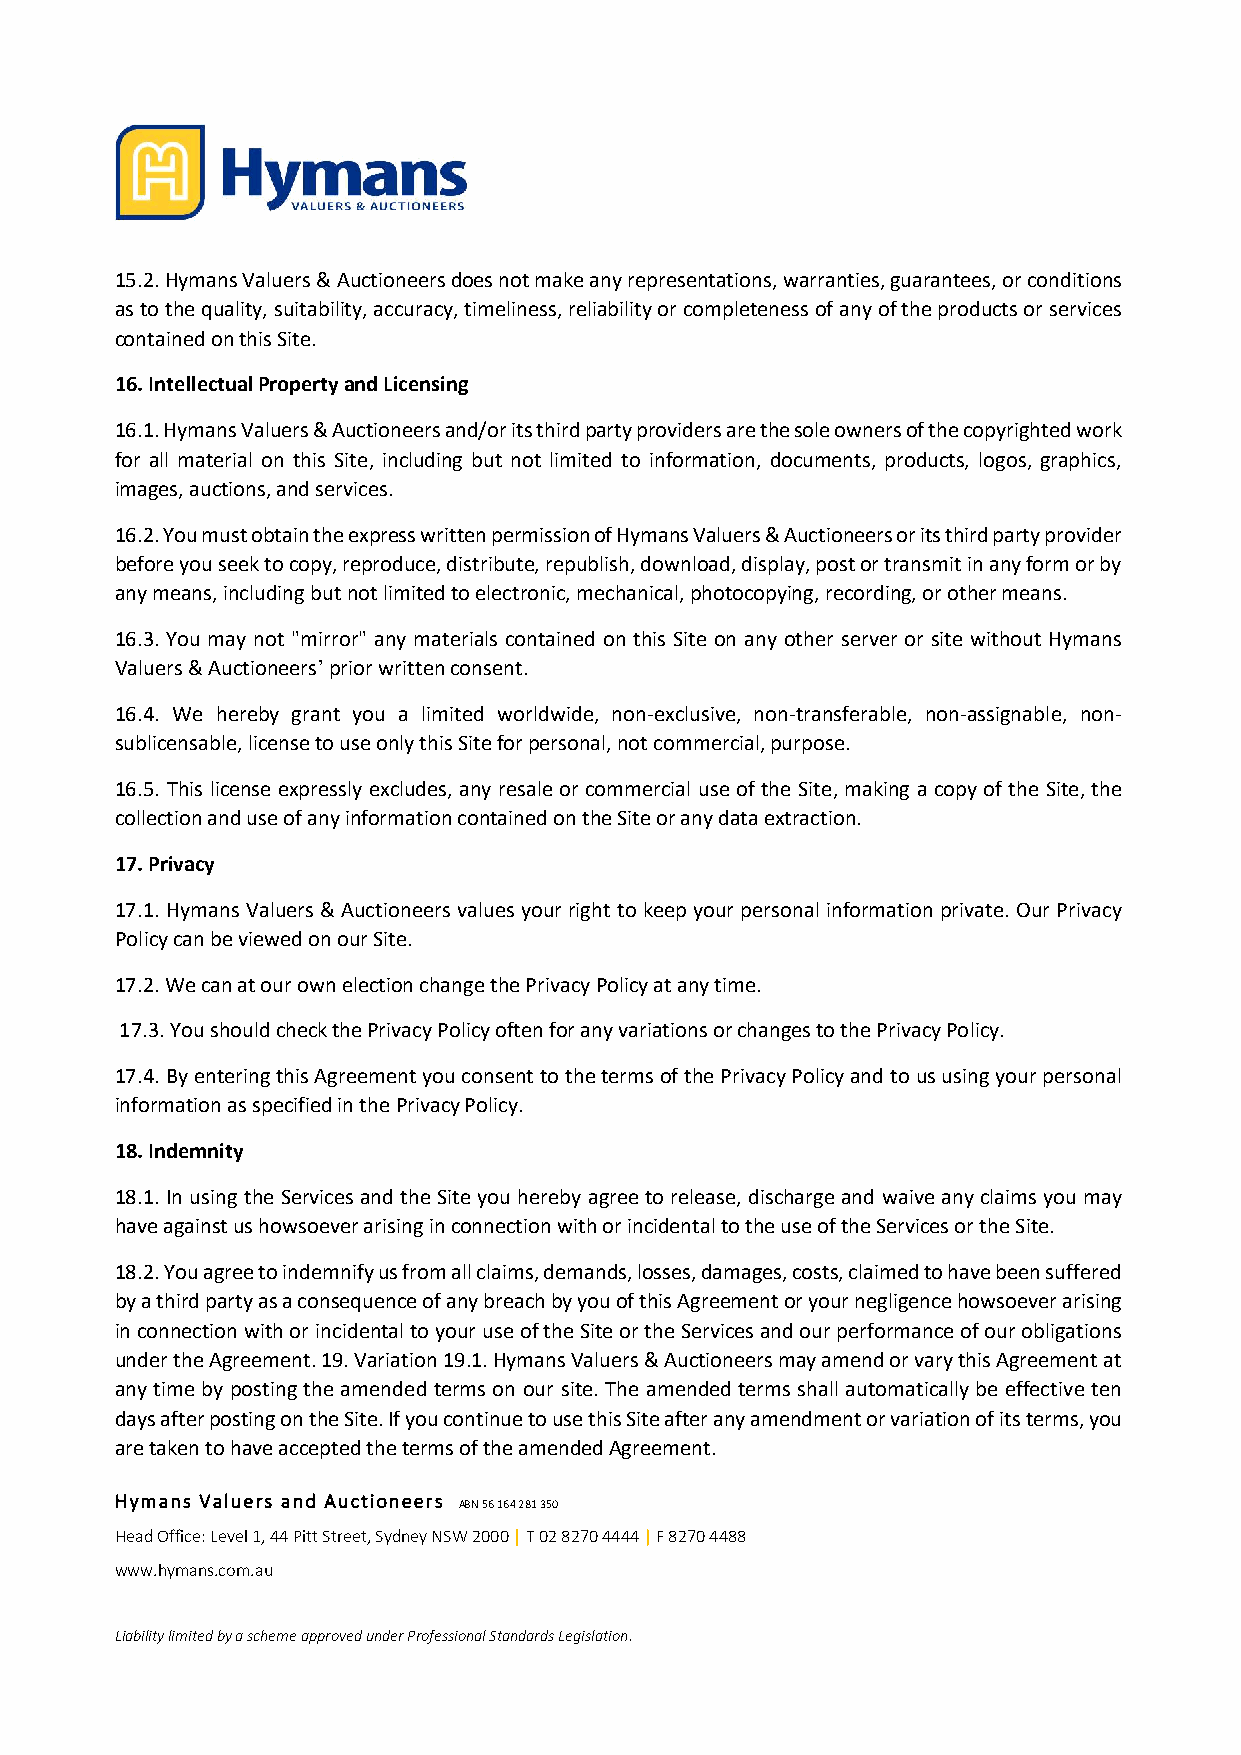
15.2. Hymans Valuers & Auctioneers does not make any representations, warranties, guarantees, or conditions
 as to the quality, suitability, accuracy, timeliness, reliability or completeness of any of the products or services
 contained on this Site.
 16. Intellectual Property and Licensing
 16.1. Hymans Valuers & Auctioneers and/or its third party providers are the sole owners of the copyrighted work
 for all material on this Site, including but not limited to information, documents, products, logos, graphics,
 images, auctions, and services.
 16.2. You must obtain the express written permission of Hymans Valuers & Auctioneers or its third party provider
 before you seek to copy, reproduce, distribute, republish, download, display, post or transmit in any form or by
 any means, including but not limited to electronic, mechanical, photocopying, recording, or other means.
 16.3. You may not "mirror" any materials contained on this Site on any other server or site without Hymans
 Valuers & Auctioneers’ prior written consent.
 16.4. We hereby grant you a limited worldwide, non-exclusive, non-transferable, non-assignable, non-
 sublicensable, license to use only this Site for personal, not commercial, purpose.
 16.5. This license expressly excludes, any resale or commercial use of the Site, making a copy of the Site, the
 collection and use of any information contained on the Site or any data extraction.
 17. Privacy
 17.1. Hymans Valuers & Auctioneers values your right to keep your personal information private. Our Privacy
 Policy can be viewed on our Site.
 17.2. We can at our own election change the Privacy Policy at any time.
 17.3. You should check the Privacy Policy often for any variations or changes to the Privacy Policy.
 17.4. By entering this Agreement you consent to the terms of the Privacy Policy and to us using your personal
 information as specified in the Privacy Policy.
 18. Indemnity
 18.1. In using the Services and the Site you hereby agree to release, discharge and waive any claims you may
 have against us howsoever arising in connection with or incidental to the use of the Services or the Site.
 18.2. You agree to indemnify us from all claims, demands, losses, damages, costs, claimed to have been suffered
 by a third party as a consequence of any breach by you of this Agreement or your negligence howsoever arising
 in connection with or incidental to your use of the Site or the Services and our performance of our obligations
 under the Agreement. 19. Variation 19.1. Hymans Valuers & Auctioneers may amend or vary this Agreement at
 any time by posting the amended terms on our site. The amended terms shall automatically be effective ten
 days after posting on the Site. If you continue to use this Site after any amendment or variation of its terms, you
 are taken to have accepted the terms of the amended Agreement.
 Hymans Valuers and Auctioneers ABN 56 164 281 350
 Head Office: Level 1, 44 Pitt Street, Sydney NSW 2000 | T 02 8270 4444 | F 8270 4488
 www.hymans.com.au
 Liability limited by a scheme approved under Professional Standards Legislation.